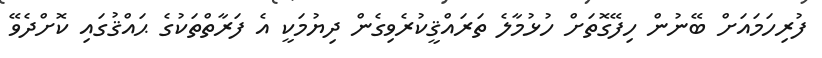
ފުރިހަމައަށް ބޭނުން ހިފޭގޮތަށް ހުޅުމާލެ ތަރައްޤީކުރެވިގެން ދިޔުމަކީ އެ ފަރާތްތަކުގެ ޙައްޤުގައި ކޮށްދެވޭ